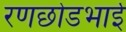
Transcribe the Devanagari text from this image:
रणछोडभाई